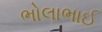
ભોલાભાઈ